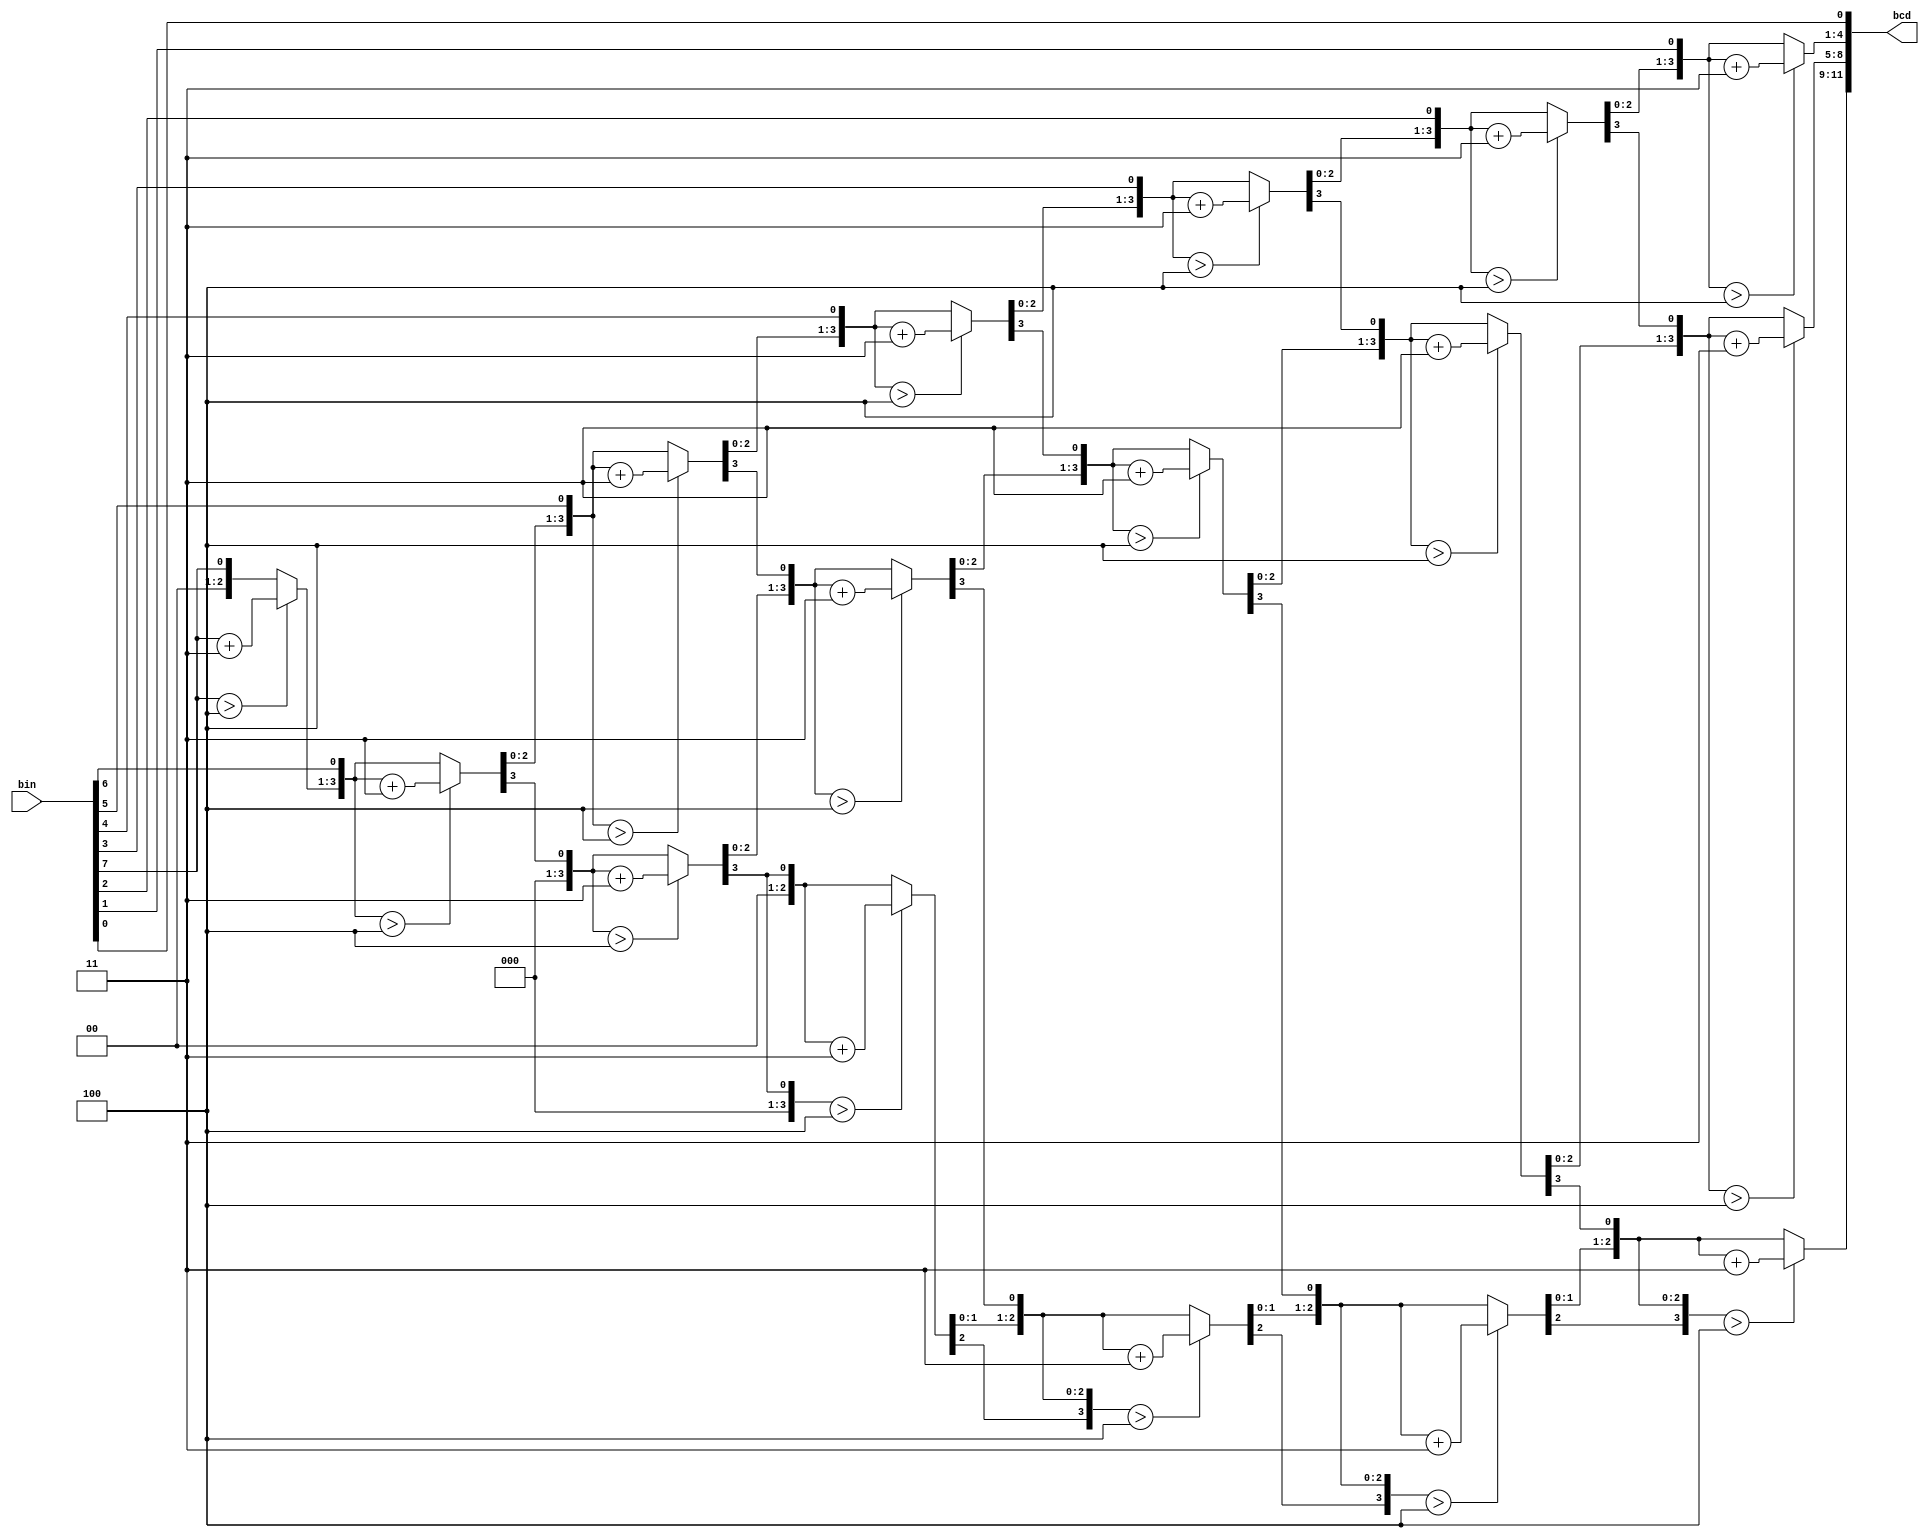
//-------------------------------------------------------------------
// Function: Binary to Decimal converter
// Source: 
//   https://verilogcodes.blogspot.com/2015/10/verilog-code-for-8-bit-binary-to-bcd.html
//-------------------------------------------------------------------
module bin2bcd(
     bin,
     bcd
    );

    
    //input ports and their sizes
    input [7:0] bin;
    //output ports and, their size
    output [11:0] bcd;
    //Internal variables
    reg [11 : 0] bcd; 
    reg [3:0] i;   
     
     //Always block - implement the Double Dabble algorithm
     always @(bin)
        begin
            bcd = 0; //initialize bcd to zero.
            for (i = 0; i < 8; i = i+1) //run for 8 iterations
            begin
                bcd = {bcd[10:0],bin[7-i]}; //concatenation
                    
                //if a hex digit of 'bcd' is more than 4, add 3 to it.  
                if(i < 7 && bcd[3:0] > 4) 
                    bcd[3:0] = bcd[3:0] + 3;
                if(i < 7 && bcd[7:4] > 4)
                    bcd[7:4] = bcd[7:4] + 3;
                if(i < 7 && bcd[11:8] > 4)
                    bcd[11:8] = bcd[11:8] + 3;  
            end
        end     
                
endmodule